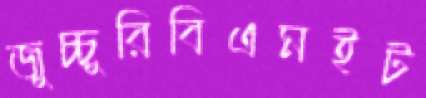
জুচ্চুরিবিএমইট